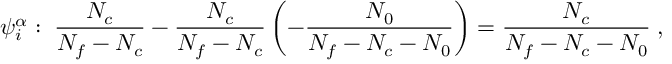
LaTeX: \psi _ { i } ^ { \alpha } : \; \frac { N _ { c } } { N _ { f } - N _ { c } } - \frac { N _ { c } } { N _ { f } - N _ { c } } \left( - \frac { N _ { 0 } } { N _ { f } - N _ { c } - N _ { 0 } } \right) = \frac { N _ { c } } { N _ { f } - N _ { c } - N _ { 0 } } \; ,